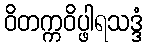
ဝိတက္ကဝိပ္ဖါရသဒ္ဒံ